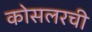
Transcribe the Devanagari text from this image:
कोसलरची